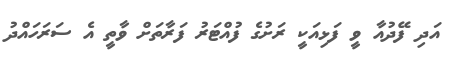
އަދި ފޭދުއާ ވީ ފަޅިއަކީ ރަށުގެ ފުއްޓަރު ފަރާތަށް ވާތީ އެ ސަރަހައްދު